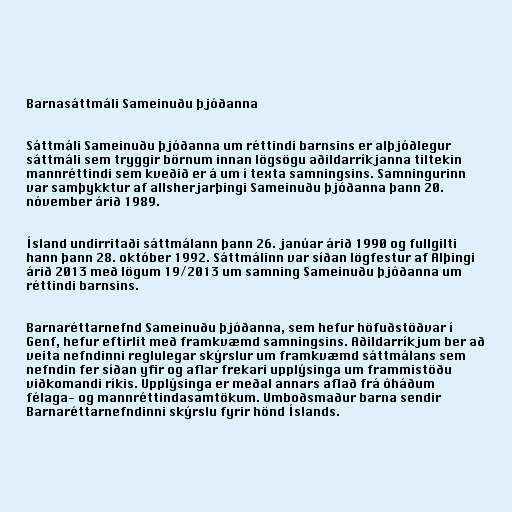
Barnasáttmáli Sameinuðu þjóðanna

Sáttmáli Sameinuðu þjóðanna um réttindi barnsins er alþjóðlegur
sáttmáli sem tryggir börnum innan lögsögu aðildarríkjanna tiltekin
mannréttindi sem kveðið er á um í texta samningsins. Samningurinn
var samþykktur af allsherjarþingi Sameinuðu þjóðanna þann 20.
nóvember árið 1989.

Ísland undirritaði sáttmálann þann 26. janúar árið 1990 og fullgilti
hann þann 28. október 1992. Sáttmálinn var síðan lögfestur af Alþingi
árið 2013 með lögum 19/2013 um samning Sameinuðu þjóðanna um
réttindi barnsins.

Barnaréttarnefnd Sameinuðu þjóðanna, sem hefur höfuðstöðvar í
Genf, hefur eftirlit með framkvæmd samningsins. Aðildarríkjum ber að
veita nefndinni reglulegar skýrslur um framkvæmd sáttmálans sem
nefndin fer síðan yfir og aflar frekari upplýsinga um frammistöðu
viðkomandi ríkis. Upplýsinga er meðal annars aflað frá óháðum
félaga- og mannréttindasamtökum. Umboðsmaður barna sendir
Barnaréttarnefndinni skýrslu fyrir hönd Íslands.